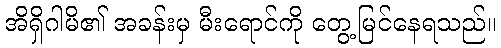
အိရှိဂါမိ၏ အခန်းမှ မီးရောင်ကို တွေ့မြင်နေရသည်။